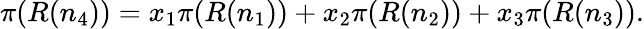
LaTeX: \pi(R(n_{4}))=x_{1}\pi(R(n_{1}))+x_{2}\pi(R(n_{2}))+x_{3}\pi(R(n_{3})).